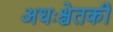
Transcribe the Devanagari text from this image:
अधःश्चेतकी